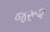
જરૂ૨